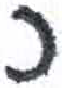
אות: כ